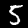
Label: 5